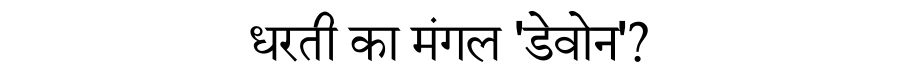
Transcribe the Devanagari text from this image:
धरती का मंगल 'डेवोन'?